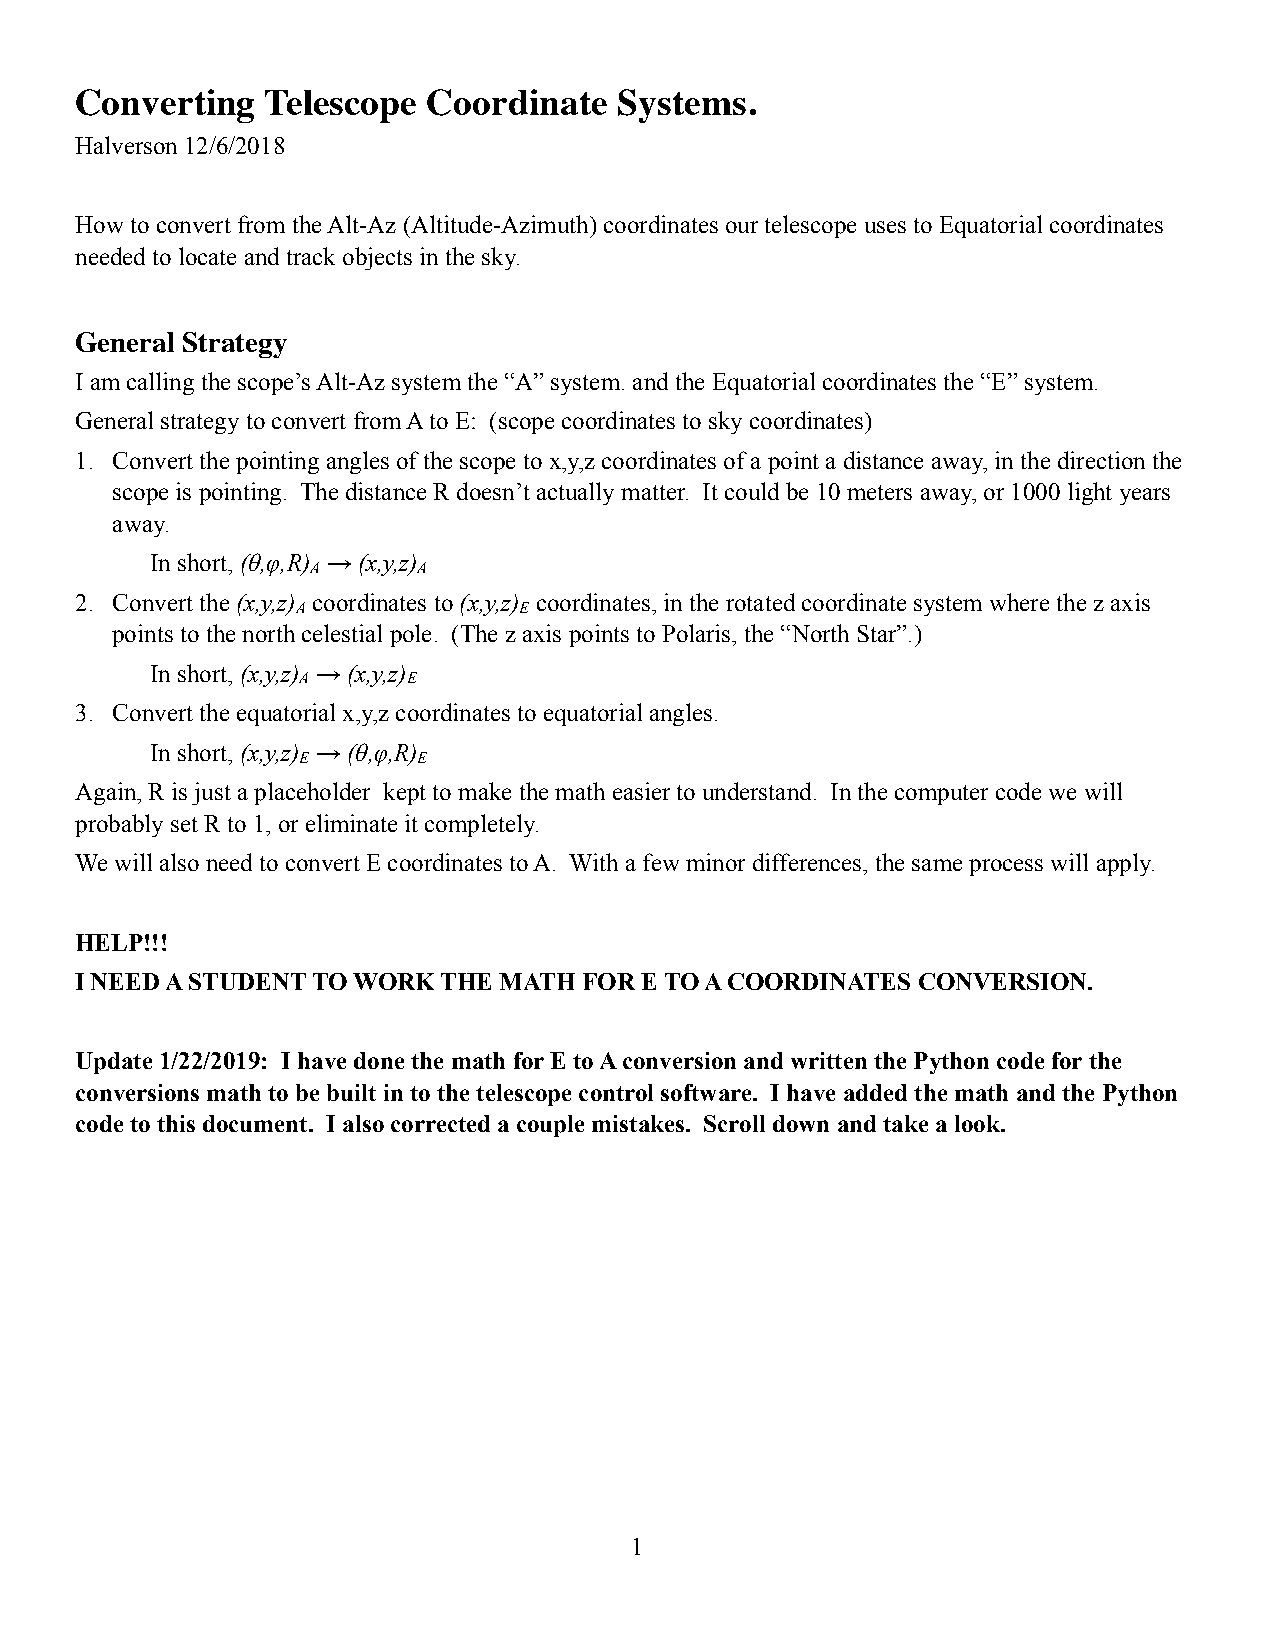
Converting   Telescope Coordinate   Systems.
 Halverson 12/6/2018
 How to convert from the Alt-Az (Altitude-Azimuth) coordinates our telescope uses to Equatorial coordinates
 needed to locate and track objects in the sky.
 General Strategy
 I am calling the scope’s Alt-Az system the “A” system. and the Equatorial coordinates the “E” system.
 General strategy to convert from A to E: (scope coordinates to sky coordinates)
 1. Convert the pointing angles of the scope to x,y,z coordinates of a point a distance away, in the direction the
 scope is pointing. The distance R doesn’t actually matter. It could be 10 meters away, or 1000 light years
 away.
 In short, (θ,φ,R) → (x,y,z)
 A      A
 2. Convert the (x,y,z) coordinates to (x,y,z) coordinates, in the rotated coordinate system where the z axis
 A             E
 points to the north celestial pole. (The z axis points to Polaris, the “North Star”.)
 In short, (x,y,z) → (x,y,z)
 A      E
 3. Convert the equatorial x,y,z coordinates to equatorial angles.
 In short, (x,y,z) → (θ,φ,R)
 E       E
 Again, R is just a placeholder kept to make the math easier to understand. In the computer code we will
 probably set R to 1, or eliminate it completely.
 We will also need to convert E coordinates to A. With a few minor differences, the same process will apply.
 HELP!!!
 I NEED A STUDENT TO WORK THE MATH FOR E TO A COORDINATES CONVERSION.
 Update 1/22/2019: I have done the math for E to A conversion and written the Python code for the
 conversions math to be built in to the telescope control software. I have added the math and the Python
 code to this document. I also corrected a couple mistakes. Scroll down and take a look.
 1